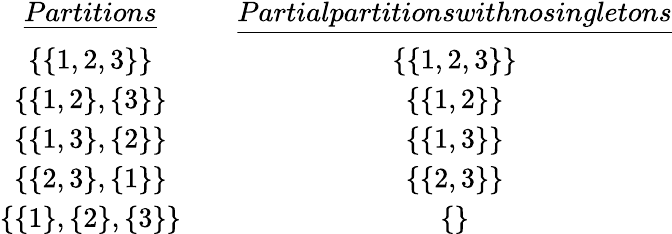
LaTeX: \begin{array}{r}{\begin{array}{ccc}{\underline{{Partitions}}}&&{\underline{{Partialpartitionswithnosingletons}}}\\ {\{ \{ 1,2,3\} \} }&&{\{ \{ 1,2,3\} \} }\\ {\{ \{ 1,2\} ,\{ 3\} \} }&&{\{ \{ 1,2\} \} }\\ {\{ \{ 1,3\} ,\{ 2\} \} }&&{\{ \{ 1,3\} \} }\\ {\{ \{ 2,3\} ,\{ 1\} \} }&&{\{ \{ 2,3\} \} }\\ {\{ \{ 1\} ,\{ 2\} ,\{ 3\} \} }&&{\{ \} }\end{array}}\end{array}